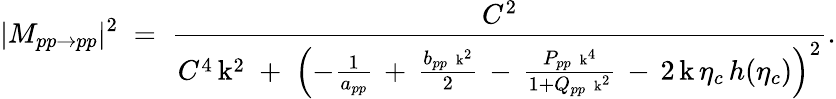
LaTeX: |M_{pp\rightarrow pp}|^{2}\; =\; \frac{C^{2}}{C^{4}\, \mathrm{k}^{2}\; +\; \left(-\frac{1}{a_{pp}}\, +\, \frac{b_{pp}\, \mathrm{\scriptsize~k}^{2}}{2}\, -\, \frac{P_{pp}\, \mathrm{\scriptsize~k}^{4}}{1+Q_{pp}\, \mathrm{\scriptsize~k}^{2}}\, -\, 2\, \mathrm{k}\, \eta_{c}\, h(\eta_{c})\right)^{2}}.